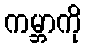
ကမ္ဘာကို